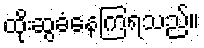
ထိုးဆွခံနေကြရသည်။